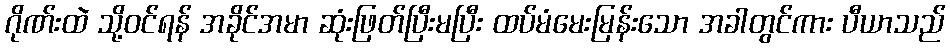
ဂိုဏ်းထဲ သို့ဝင်ရန် အခိုင်အမာ ဆုံးဖြတ်ပြီးမပြီး ထပ်မံမေးမြန်းသော အခါတွင်ကား ပီယာသည်